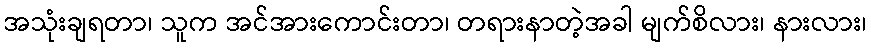
အသုံးချရတာ၊ သူက အင်အားကောင်းတာ၊ တရားနာတဲ့အခါ မျက်စိလား၊ နားလား၊